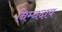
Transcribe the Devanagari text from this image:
निम्नदाव